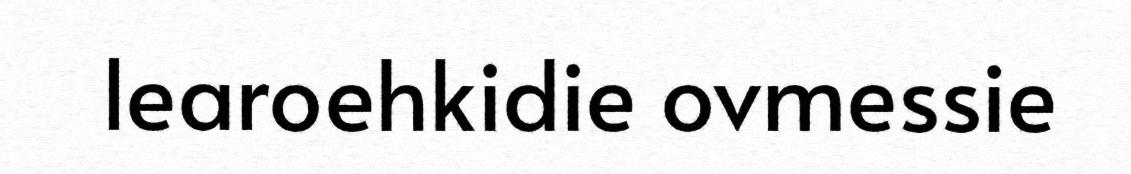
learoehkidie ovmessie